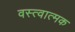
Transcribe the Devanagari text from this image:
वस्त्वात्मक